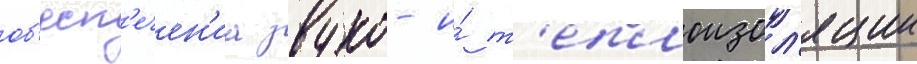
об'есп'ечен'иа звуко- и́ т'еплоизол'яции